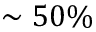
\sim 5 0 \%